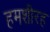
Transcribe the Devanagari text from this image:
हमशीरह